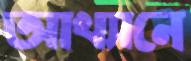
আখ্যানে